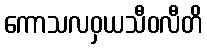
ကောသလဝှယသီဝလီတိ